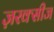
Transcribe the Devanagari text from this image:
ज़रक्सीज